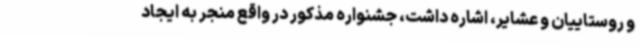
و روستاییان و عشایر، اشاره داشت، جشنواره مذکور در واقع منجر به ایجاد